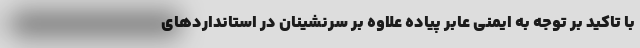
با تاکید بر توجه به ایمنی عابر پیاده علاوه بر سرنشینان در استانداردهای